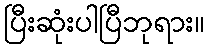
ပြီးဆုံးပါပြီဘုရား။